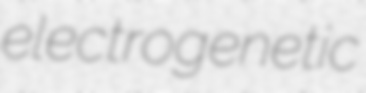
electrogenetic